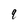
Character: 9